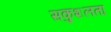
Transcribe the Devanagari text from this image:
सकुशलता